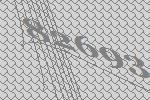
82693